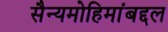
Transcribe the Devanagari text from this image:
सैन्यमोहिमांबद्दल